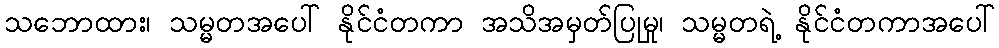
သဘောထား၊ သမ္မတအပေါ် နိုင်ငံတကာ အသိအမှတ်ပြုမှု၊ သမ္မတရဲ့ နိုင်ငံတကာအပေါ်